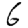
Digit: 6